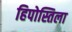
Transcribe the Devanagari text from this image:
हिपोस्तिला